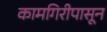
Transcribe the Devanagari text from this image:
कामगिरीपासून